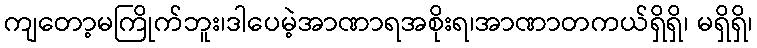
ကျတော့မကြိုက်ဘူး၊ဒါပေမဲ့အာဏာရအစိုးရ၊အာဏာတကယ်ရှိရှိ၊ မရှိရှိ၊